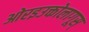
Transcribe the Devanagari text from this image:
ओरइउक्तोलागूस्